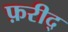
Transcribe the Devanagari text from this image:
फ़रीद्